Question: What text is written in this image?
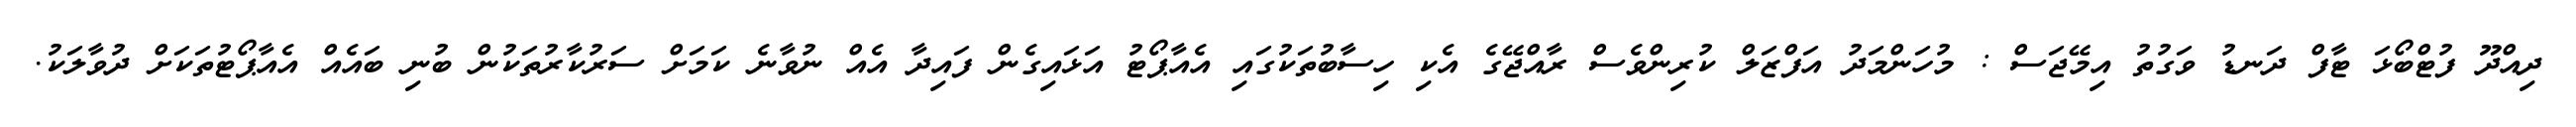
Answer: ދިއްދޫ ފުޓްބޯޅަ ޓާފް ދަނޑު ވަގުތު އިމޭޖަސް : މުހަންމަދު އަފްޒަލް ކުރިންވެސް ރާއްޖޭގެ އެކި ހިސާބުތަކުގައި އެއާޕޯޓު އަޅައިގެން ފައިދާ އެއް ނުވާނެ ކަމަށް ސަރުކާރުތަކުން ބުނި ބައެއް އެއާޕޯޓުތަކަށް ދުވާލަކު.